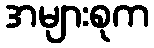
အများစုက